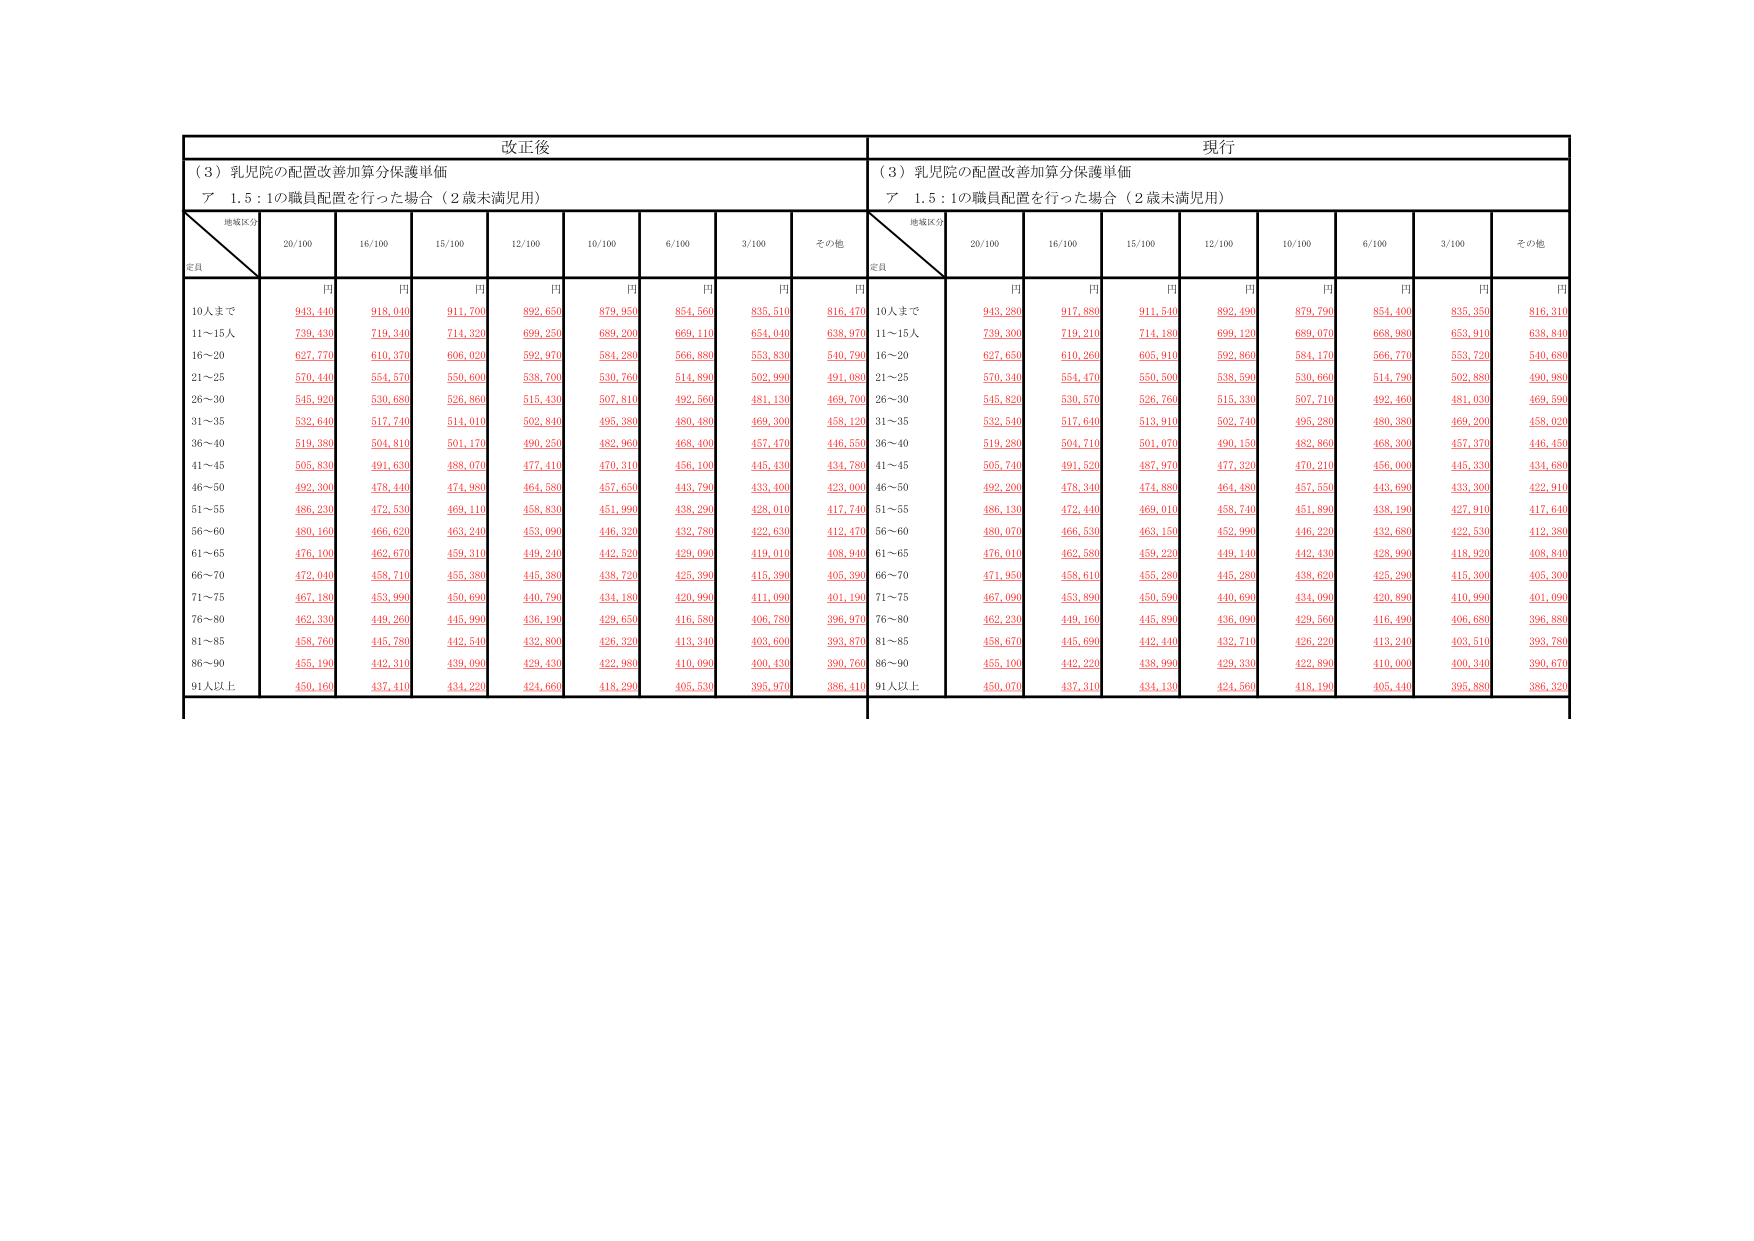
改正後
（3）乳児院の配置改善加算分保護単価
ア 1.5：1の職員配置を行った場合（2歳未満児用）
地域区分
定員
20/100
16/100
15/100
12/100
10/100
6/100
3/100
その他
円
円
円
円
円
円
円
円
10人まで
943,440
918,040
911,700
892,650
879,950
854,560
835,510
816,470
11～15人
739,430
719,340
714,320
699,250
689,200
669,110
654,040
638,970
16～20
627,770
610,370
606,020
592,970
584,280
566,880
553,830
540,790
21～25
570,440
554,570
550,600
538,700
530,760
514,890
502,990
491,080
26～30
545,920
530,680
526,860
515,430
507,810
492,560
481,130
469,700
31～35
532,640
517,740
514,010
502,840
495,380
480,480
469,300
458,120
36～40
519,380
504,810
501,170
490,250
482,960
468,400
457,470
446,550
41～45
505,830
491,630
488,070
477,410
470,310
456,100
445,430
434,780
46～50
492,300
478,440
474,980
464,580
457,650
443,790
433,400
423,000
51～55
486,230
472,530
469,110
458,830
451,990
438,290
428,010
417,740
56～60
480,160
466,620
463,240
453,090
446,320
432,780
422,630
412,470
61～65
476,100
462,670
459,310
449,240
442,520
429,090
419,010
408,940
66～70
472,040
458,710
455,380
445,380
438,720
425,390
415,390
405,390
71～75
467,180
453,990
450,690
440,790
434,180
420,990
411,090
401,190
76～80
462,330
449,260
445,990
436,190
429,650
416,580
406,780
396,970
81～85
458,760
445,780
442,540
432,800
426,320
413,340
403,600
393,870
86～90
455,190
442,310
439,090
429,430
422,980
410,090
400,430
390,760
91人以上
450,160
437,440
434,220
424,660
418,290
405,530
395,970
386,410
現行
（3）乳児院の配置改善加算分保護単価
ア 1.5：1の職員配置を行った場合（2歳未満児用）
地域区分
定員
20/100
16/100
15/100
12/100
10/100
6/100
3/100
その他
円
円
円
円
円
円
円
円
10人まで
943,280
917,880
911,540
892,490
879,790
854,400
835,350
816,310
11～15人
739,300
719,210
714,180
699,120
689,070
668,980
653,910
638,840
16～20
627,650
610,260
605,910
592,860
584,170
566,770
553,720
540,680
21～25
570,340
554,470
550,500
538,590
530,660
514,790
502,880
490,980
26～30
545,820
530,570
526,760
515,330
507,710
492,460
481,030
469,590
31～35
532,540
517,640
513,910
502,740
495,280
480,380
469,200
458,020
36～40
519,280
504,710
501,070
490,150
482,860
468,300
457,370
446,450
41～45
505,740
491,520
487,970
477,320
470,210
456,000
445,330
434,680
46～50
492,200
478,340
474,880
464,480
457,550
443,690
433,300
422,910
51～55
486,130
472,440
469,010
458,740
451,890
438,190
427,910
417,640
56～60
480,070
466,530
463,150
452,990
446,220
432,680
422,530
412,380
61～65
476,010
462,580
459,220
449,140
442,430
428,990
418,920
408,840
66～70
471,950
458,610
455,280
445,280
438,620
425,290
415,300
405,300
71～75
467,090
453,890
450,590
440,690
434,090
420,890
410,990
401,090
76～80
462,230
449,160
445,890
436,090
429,560
416,490
406,680
396,880
81～85
458,670
445,690
442,440
432,710
426,220
413,240
403,510
393,780
86～90
455,100
442,220
438,990
429,330
422,890
410,000
400,340
390,670
91人以上
450,070
437,340
434,130
424,560
418,190
405,440
395,880
386,320